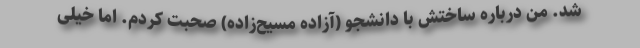
شد. من درباره ساختش با دانشجو (آزاده مسیح‌زاده) صحبت کردم. اما خیلی